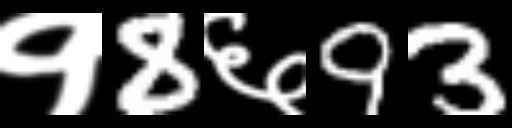
Text: १8६93